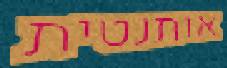
אותנטית